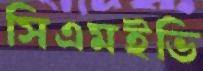
সিএমইভি